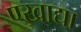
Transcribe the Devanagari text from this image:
ण्खाद्या